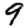
Digit: 9